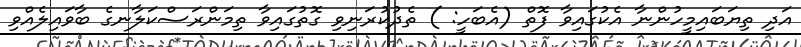
އަދި ތިޔަބައިމީހުންނާ އެކުގައިވާ ފޮތް (އެބަހީ: ) ތެދުކުރަނިވި ގޮތުގައިވާ ތިމަންރަސްކަލާނގެ ބާވައިލެއްވި